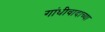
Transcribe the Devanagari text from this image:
गांधीवादाच्या